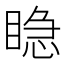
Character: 𥈲